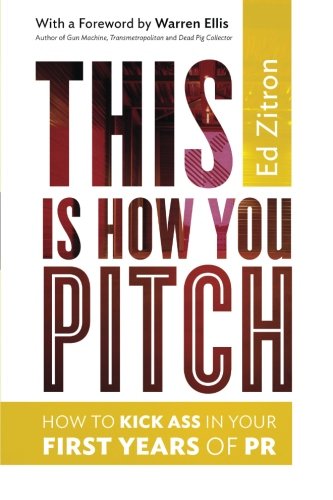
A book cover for This Is How You Pitch: How To Kick Ass In Your First Years of PR; Ed Zitron; Business & Money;